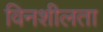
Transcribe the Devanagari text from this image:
विनशीलता